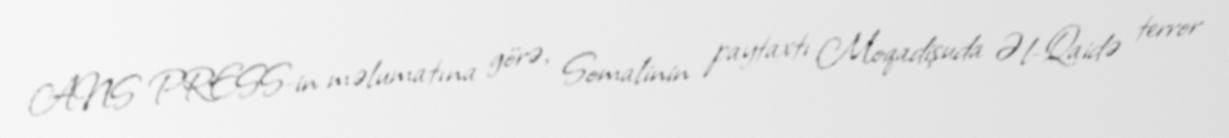
ANS PRESS-in məlumatına görə, Somalinin paytaxtı Moqadişuda Əl-Qaidə terror